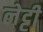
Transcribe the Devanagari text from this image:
लेट्टी